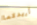
أريدكما